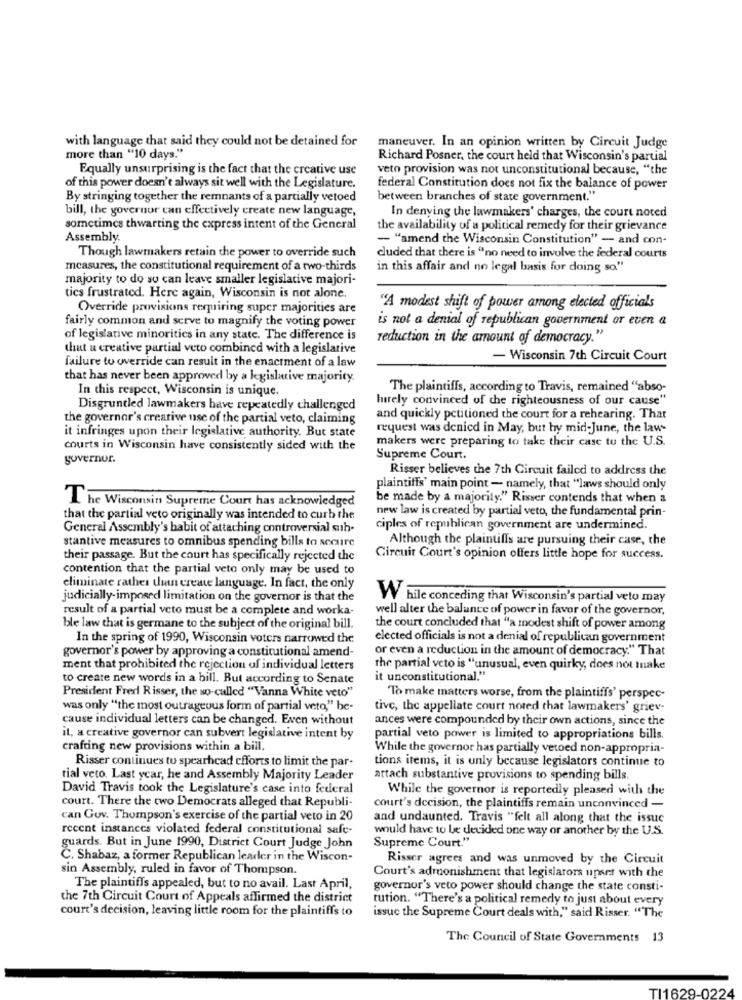
with language that said they could not be detained for
maneuver. In an opinion written by Circuit Judge
more than "10 days."
Richard Posner, the court held that Wisconsin's partial
Equally unsurprising is the fact that the creative use
veto provision was not unconstitutional because, "the
of this power doesn't always sit well with the Legislature.
federal Constitution does not fix the balance of power
By stringing together the remnants of a partially vetoed
between branches of state government."
bill, the governor can effectively create new language,
In denving the lawmakers' charges, the court noted
sometimes thwarting the express intent of the General
the availability of a political remedy for their grievance
Assembly
- "amend the Wisconsin Constitution" - and con-
Though lawmakers retain the power to override such
cluded that there is "no need to involve the federal courts
measures, the constitutional requirement of a two-thirds
in this affair and no legal basis for doing so"
majority to do so can leave smaller legislative majori-
tics frustrated. Here again, Wisconsin is not alone.
Override provisions rexpiring super majorities are
"A modest shift of power among elected officials
is not a denial of republican government or even a
fairly common and serve to magnify the voting power
of legislative minorities in any state. The difference is
reduction in the amount of democracy."
that u creative partial veto combined with a legislative
failure to override can result in the enactment of a law
- Wisconsin 7th Circuit Court
that has never been approved by a legislative majority.
In this respect, Wisconsin is unique.
The plaintiffs, according to Travis, remained "abso-
hurely convinced of the righteousness of our cause"
Disgruntled lawmakers have repeatedly challenged
the governor's creative use of the partial veto, claiming
and quickly petitioned the court for a rehearing. That
it infringes upon their legislative authority. But state
request was denied in May, but hy mid-June, the law-
makers were preparing to take their case to the U.S.
courts in Wisconsin have consistently sided with the
governor.
Supreme Court.
Risser believes the 7th Circuit failed to address the
plaintiffs' main point - namely, that "laws should only
The Wisconsin Supreme Court has acknowledged
be made by a majority." Risser contends that when a
new law is created by partial veto, the fundamental prin-
that the partial veto originally was intended to curb the
General Assembly's habit of attaching controversial suh-
ciples of republican government are undermined.
stantive measures to omnibus spending bills to secure
Although the plaintiffs are pursuing their case, the
their passage. But the court has specifically rejected the
Circuit Court's opinion offers little hope for success.
contention that the partial veto only may be used to
eliminate rather than create language. In fact, the only
judicially-imposed limitation on the governor is that the
W hile conceding that Wisconsin's partial veto may
result of a partial veto must be a complete and worka-
well alter the balance of power in favor of the governor,
ble law that is germane to the subject of the original bill.
the court concluded that "a modest shift of power among
In the spring of 1990, Wisconsin voters narrowed the
elected officials is not a denial of republican government
governor's power by approving a constitutional amend-
or even a reduction in the amount of democracy." That
ment that prohibited the rejection of individual letters
the partial veto is "unusual, even quirky, does not make
to create new words in a hill. But according to Senate
it unconstitutional."
President Fred Risser, the so-called "Vanna White veto"
To make matters worse, from the plaintiffs' perspec-
was only "the most outrageous form of partial veto," he-
tive, the appellate court noted that lawmakers' griev-
cause individual letters can be changed. Even without
ances were compounded by their own actions, since the
il, a creative governor can subvert legislative intent by
partial veto power is limited to appropriations bills.
crafting new provisions within a bill.
While the governor has partially vetoed non-appropria-
Risser continues to spearhead efforts to limit the par-
tions items, it is only because legislators continue to
tial veto. Last year, he and Assembly Majority Leader
attach substantive provisions to spending bills.
David Travis took the Legislature's case into federal
While the governor is reportedly pleased with the
court. There the two Democrats alleged that Republi-
court's decision, the plaintiffs remain unconvinced -
can Gov. Thompson's exercise of the partial veto in 20
and undaunted. Travis "felt all along that the issue
recent instances violated federal constitutional safe-
would have to be decided one way or another by the U.S.
Supreme Court."
guards. But in June 1990, District Court Judge John
C. Shabaz, a former Republican leader in the Wiscon-
Risser agrees and was unmoved by the Circuit
sin Assembly, ruled in favor of Thompson.
Court's admonishment that legislators upset with the
The plaintiffs appealed, but to no avail. Last April,
governor's veto power should change the state consti-
the 7th Circuit Court of Appeals affirmed the district
tution. "There's a political remedy to just about every
court's decision, leaving little room for the plaintiffs to
issue the Supreme Court deals with," said Risser. "The
The Council of State Governments 13
TI1629-0224